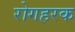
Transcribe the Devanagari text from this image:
रोगहरक